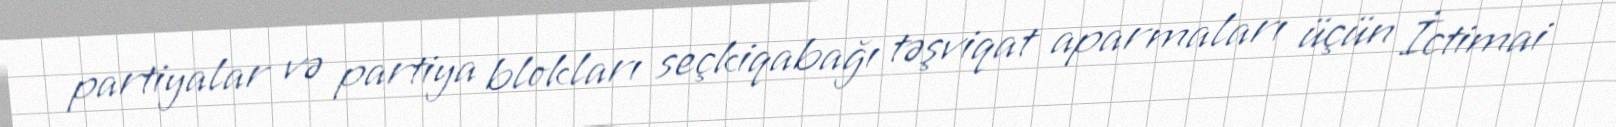
partiyalar və partiya blokları seçkiqabağı təşviqat aparmaları üçün İctimai